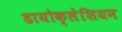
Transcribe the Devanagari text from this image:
डायोक्लेशियन